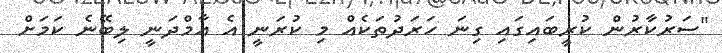
"ސަރުކާރުން ކުރީބައިގައި ގިނަ ހަރަދުތަކެއް މި ކުރަނީ އެ އާމްދަނީ ލިބޭނެ ކަމަށް